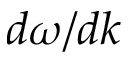
d \omega / d k